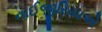
નાઈજીરિયાએ